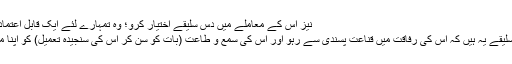
نیز اس کے معاملے میں دس سلیقے اختیار کرو؛ وہ تمہارے لئے ایک قابلِ اعتماد خزانہ ثابت ہو گا:
پہلے اور دوسرے سلیقے یہ ہیں کہ اس کی رفاقت میں قناعت پسندی سے رہو اور اس کی سمع و طاعت (بات کو سن کر اس کی سنجیدہ تعمیل) کو اپنا مستقل چال چلن بناؤ۔